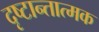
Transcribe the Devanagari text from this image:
दृष्टान्तात्मक